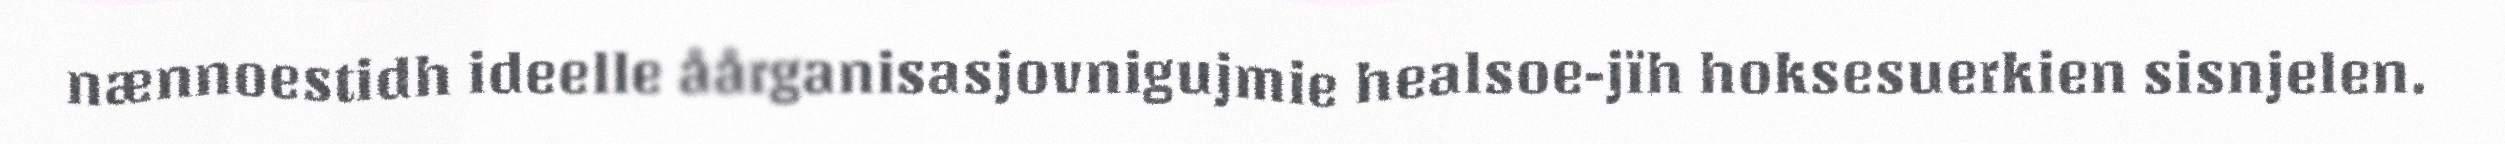
nænnoestidh ideelle åårganisasjovnigujmie healsoe-jïh hoksesuerkien sisnjelen.